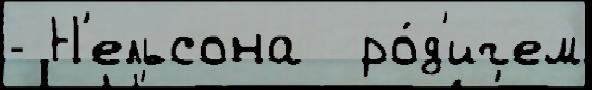
- Н'ельсона  ро́д'ичем